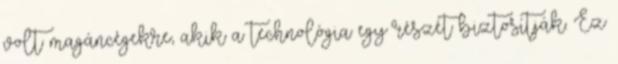
volt magáncégekre, akik a technológia egy részét biztosítják. Ez